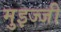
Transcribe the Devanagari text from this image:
मुइज्जी